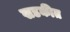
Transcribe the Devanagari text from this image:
खडकीत